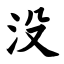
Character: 没